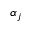
\alpha _ { j }